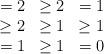
LaTeX: \begin{align*}\begin{matrix} = 2 & \geq 2 & = 1 \\ \geq 2 & \geq 1 & \geq 1 \\ = 1 & \geq 1 & = 0\end{matrix}\end{align*}